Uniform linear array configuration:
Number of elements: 16
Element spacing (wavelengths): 0.5
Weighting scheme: cosine
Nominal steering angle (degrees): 0
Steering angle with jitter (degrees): -1.407
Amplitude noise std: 0.05
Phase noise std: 0.05

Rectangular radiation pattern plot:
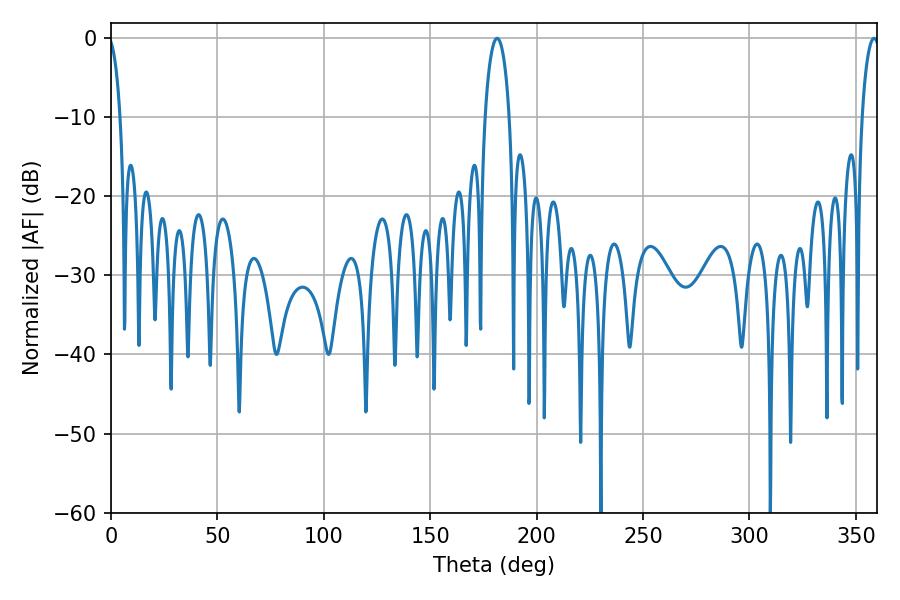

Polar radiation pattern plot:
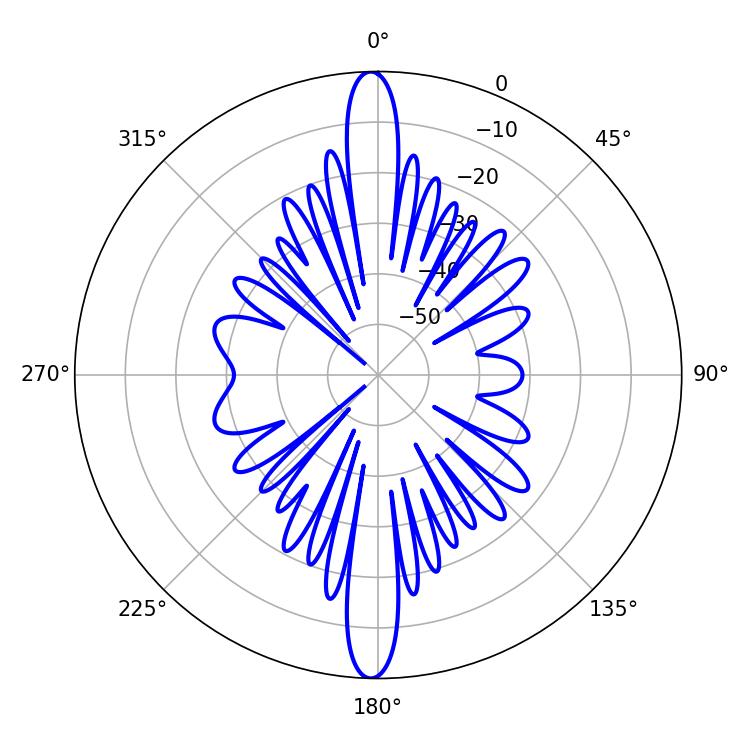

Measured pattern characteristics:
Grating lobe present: FALSE
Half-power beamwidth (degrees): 6.48
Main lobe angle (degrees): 181.44